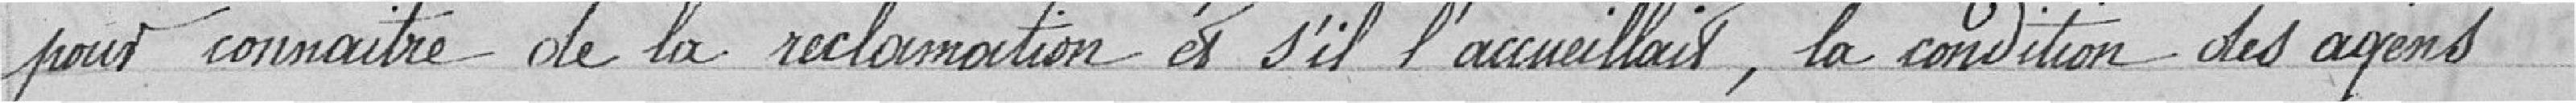
pour connaitre de la réclamation et s'il l'accueillait, la condition des agens